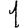
Digit: 1